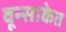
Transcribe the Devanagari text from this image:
वून्साकेत